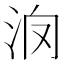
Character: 𣲿